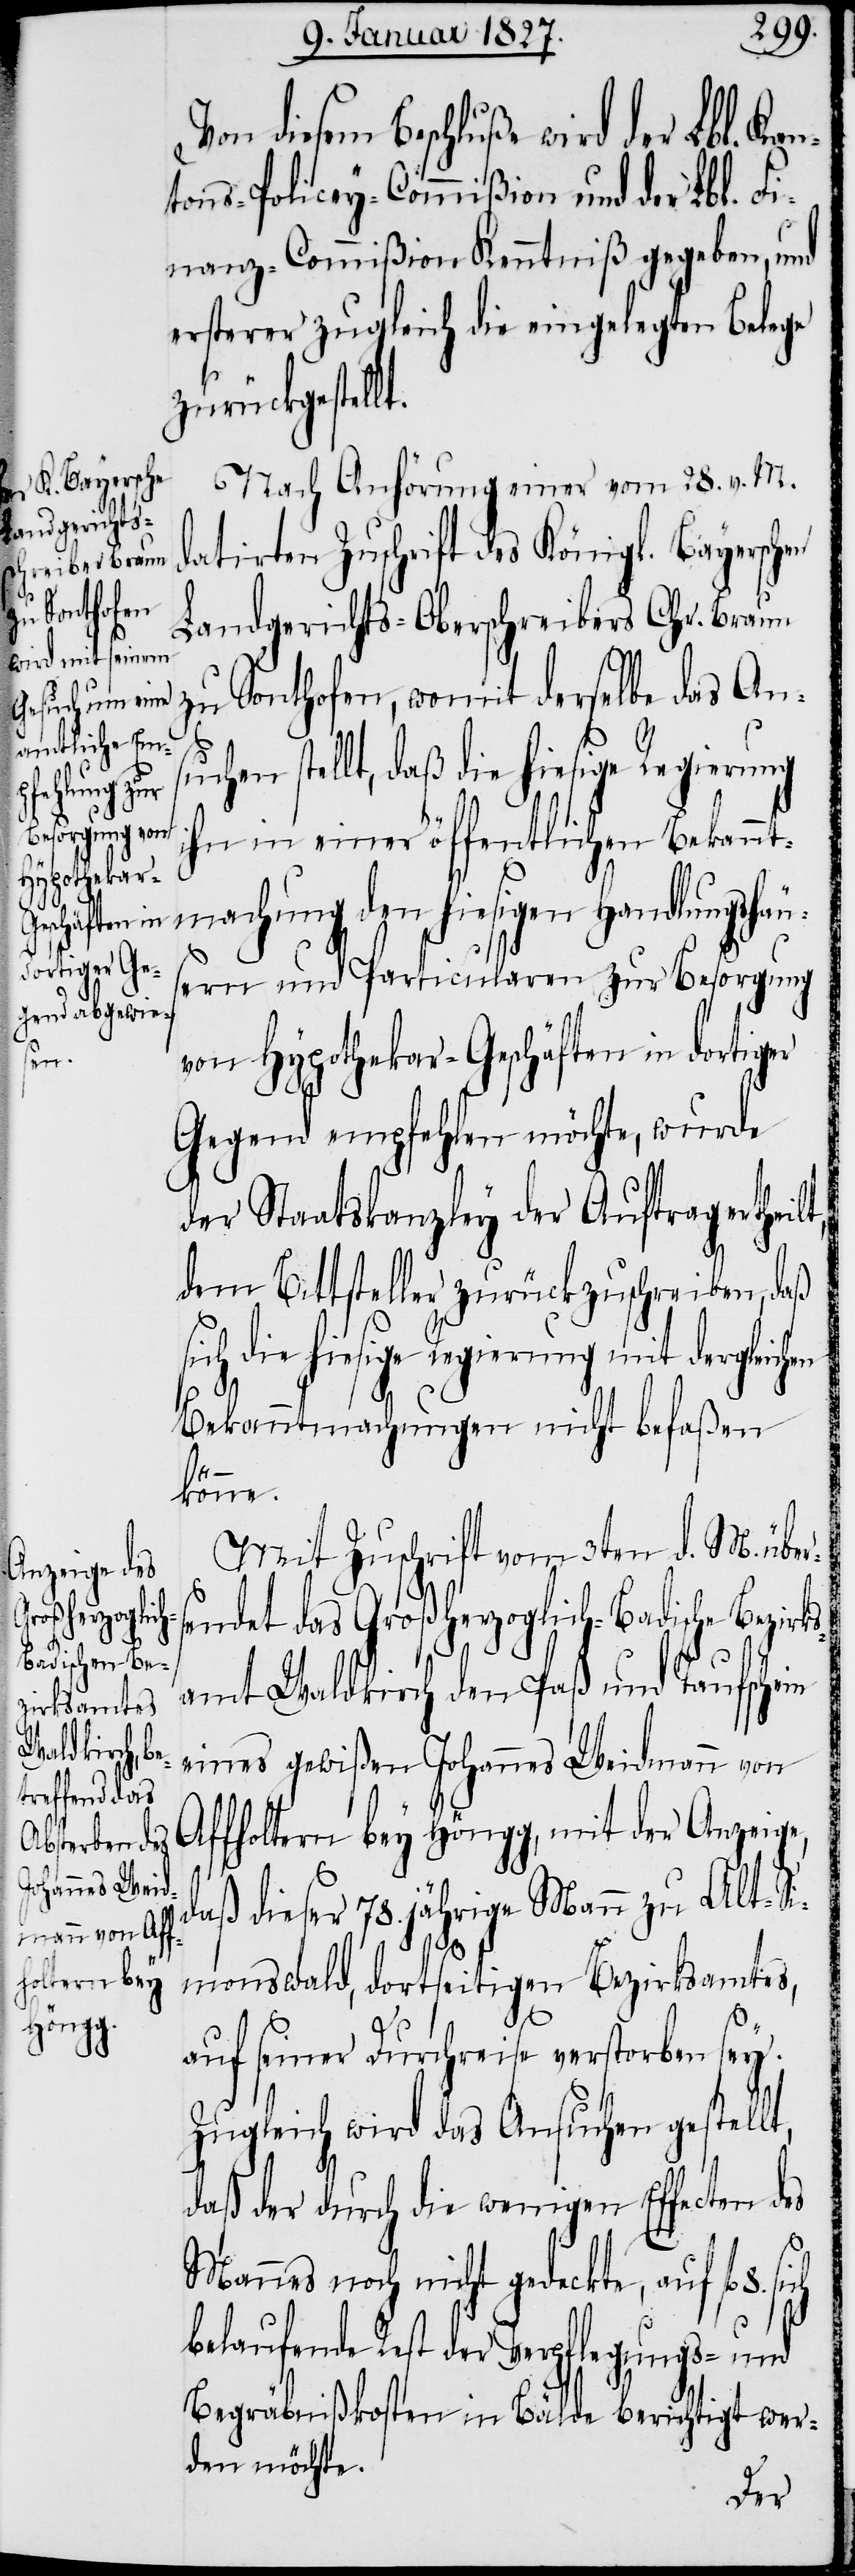
Von diesem Beschluße wird der Lbl. Kan¬
tons-Polizey-Commißion und der Lbl. Fi¬
nanz-Commißion Kenntniß gegeben, und
ersterer zugleich die eingelegten Belege
zurückgestellt.
Nach Anhörung einer vom 28. v. M.
datirten Zuschrift des Königl. Bayerschen
Landgerichts-Oberschreibers Chr. Braun
zu Sonthofen, womit derselbe das An¬
suchen stellt, daß die hiesige Regierung
ihn in einer öffentlichen Bekannt¬
machung den hiesigen Handlungshä¬
ern und Particularen zur Besorgung
von Hypothekar-Geschäften in dortiger
Gegend empfehlen möchte, wurde
der Staatskanzley der Auftrag ertheil¬
dem Bittsteller zurückzuschreiben, daß
ie hiesige Regierung mit dergleic¬
Bekanntmachungen nicht befaßen
könne.
Mit Zuschrift vom 3ten d. M. übers¬
endet das Großherzoglich-Badische Bezir¬
ks¬
amt Waldkirch den Paß und Taufschein
eines gewißen Johannes Weidmann von
Affoltern bey Höngg, mit der Anzeige,
daß dieser 78. jährige Mann zu Alt-Si¬
monswald, dortseitigen Bezirksamtes,
auf seiner Durchreise verstorben sey.
Zugleich wird das Ansuchen gestellt,
daß der durch die wenigen Effecten des
Mannes noch nicht gedeckte, auf fl. 8.
belaufende Rest der Verpflegungs- und
Begräbnißkosten in Bälde berichtigt wer¬
den möchte.